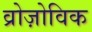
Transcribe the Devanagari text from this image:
व्रोज़ोविक